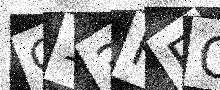
Text: C13FFQ